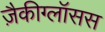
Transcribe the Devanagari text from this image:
ज़ैकीग्लॉसस